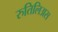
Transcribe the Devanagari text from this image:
रुतिलिअस